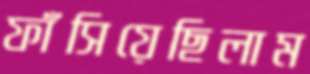
ফাঁসিয়েছিলাম